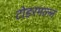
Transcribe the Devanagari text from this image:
टोडरमल्ल